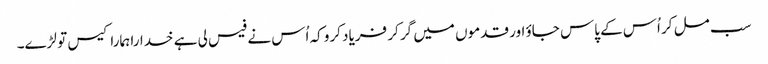
سب مل کر اُس کے پاس جاؤ اور قدموں میں گر کر فریاد کرو کہ اُس نے فیس لی ہے خدارا ہمارا کیس تو لڑے۔